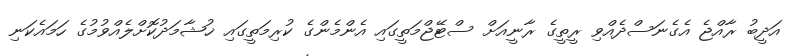
އަދީބު ރާއްޖެ އެގެނަސްދެއްވި ރީތީގެ ރާނީއަށް ސްޓޭޖްމަތީގައި އެންމެންގެ ކުރިމަތީގައި ޚުޝާމަދުކޮށްލެއްވުމުގެ ހަމައެކަނި